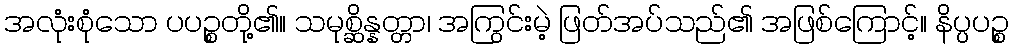
အလုံးစုံသော ပပဉ္စတို့၏။ သမုစ္ဆိန္နတ္တာ၊ အကြွင်းမဲ့ ဖြတ်အပ်သည်၏ အဖြစ်ကြောင့်။ နိပ္ပပဉ္စ